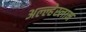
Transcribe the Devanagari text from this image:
अल्ल्हेस्लाम